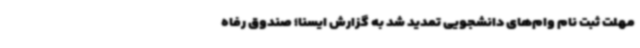
مهلت ثبت نام وام‌های دانشجویی تمدید شد به گزارش ایسنا؛ صندوق رفاه